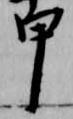
甲